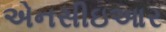
એનસીઇઆર